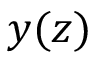
y ( z )